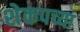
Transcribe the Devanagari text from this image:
शेकपच्या